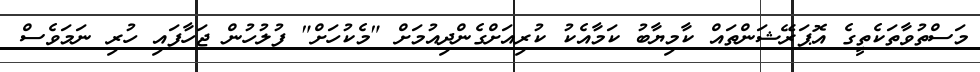
މަސްތުވާތަކެތީގެ އޮޕަރޭޝަންތައް ކާމިޔާބު ކަމާއެކު ކުރިއަށްގެންދިއުމަށް "މެކުހަށް" ފުލުހުން ޖަހާފައި ހުރި ނަމަވެސް